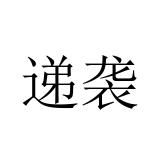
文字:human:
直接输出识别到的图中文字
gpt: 递袭